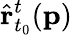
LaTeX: \hat{\mathbf{r}}_{t_{0}}^{t}(\mathbf{p})